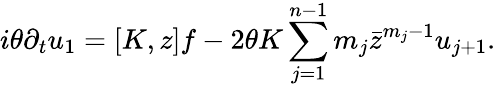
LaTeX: i\theta\partial_{t}u_{1}=[K,z]f-2\theta K\sum_{j=1}^{n-1}m_{j}\bar{z}^{m_{j}-1}u_{j+1}.